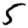
Digit: 5